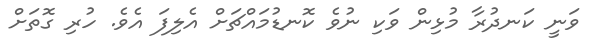
ވަނީ ކަނދުރާ މުޅިން ވަކި ނުވެ ކޮނޑުމައްޗަށް އެލިފަ އެވެ. ހުރި ގޮތަށް